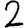
Digit: 2